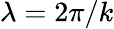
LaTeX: \lambda=2\pi/k